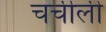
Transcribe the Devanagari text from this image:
चर्चीली